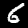
Label: 6